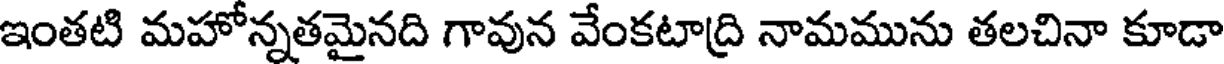
ఇంతటి మహోన్నతమైనది గావున వేంకటాద్రి నామమును తలచినా కూడా